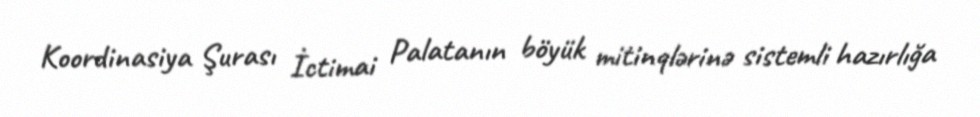
Koordinasiya Şurası İctimai Palatanın böyük mitinqlərinə sistemli hazırlığa